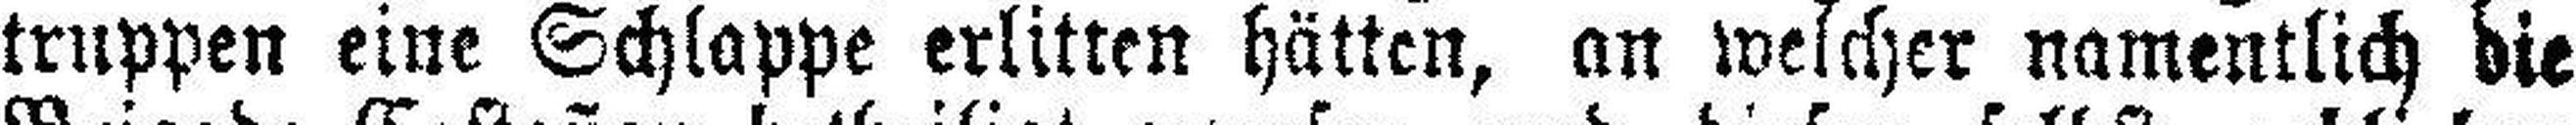
truppen eine Schlappe erlitten hätten, an welcher namentlich die